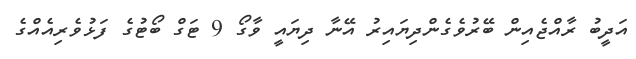
އަދީބު ރާއްޖެއިން ބޭރުވެގެންދިޔައިރު އޭނާ ދިޔައީ ވާގޯ 9 ޓަގް ބޯޓުގެ ފަޅުވެރިއެއްގެ